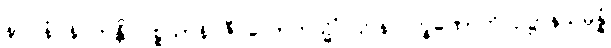
နာဂါနံ နိပကန္တိ ပစ္စယာနိ ဇီဝလောကသ္မိံ ဌပနလက္ခဏောတိ ဥဋ္ဌာနသမ္ပန္နံ